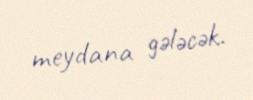
meydana gələcək.